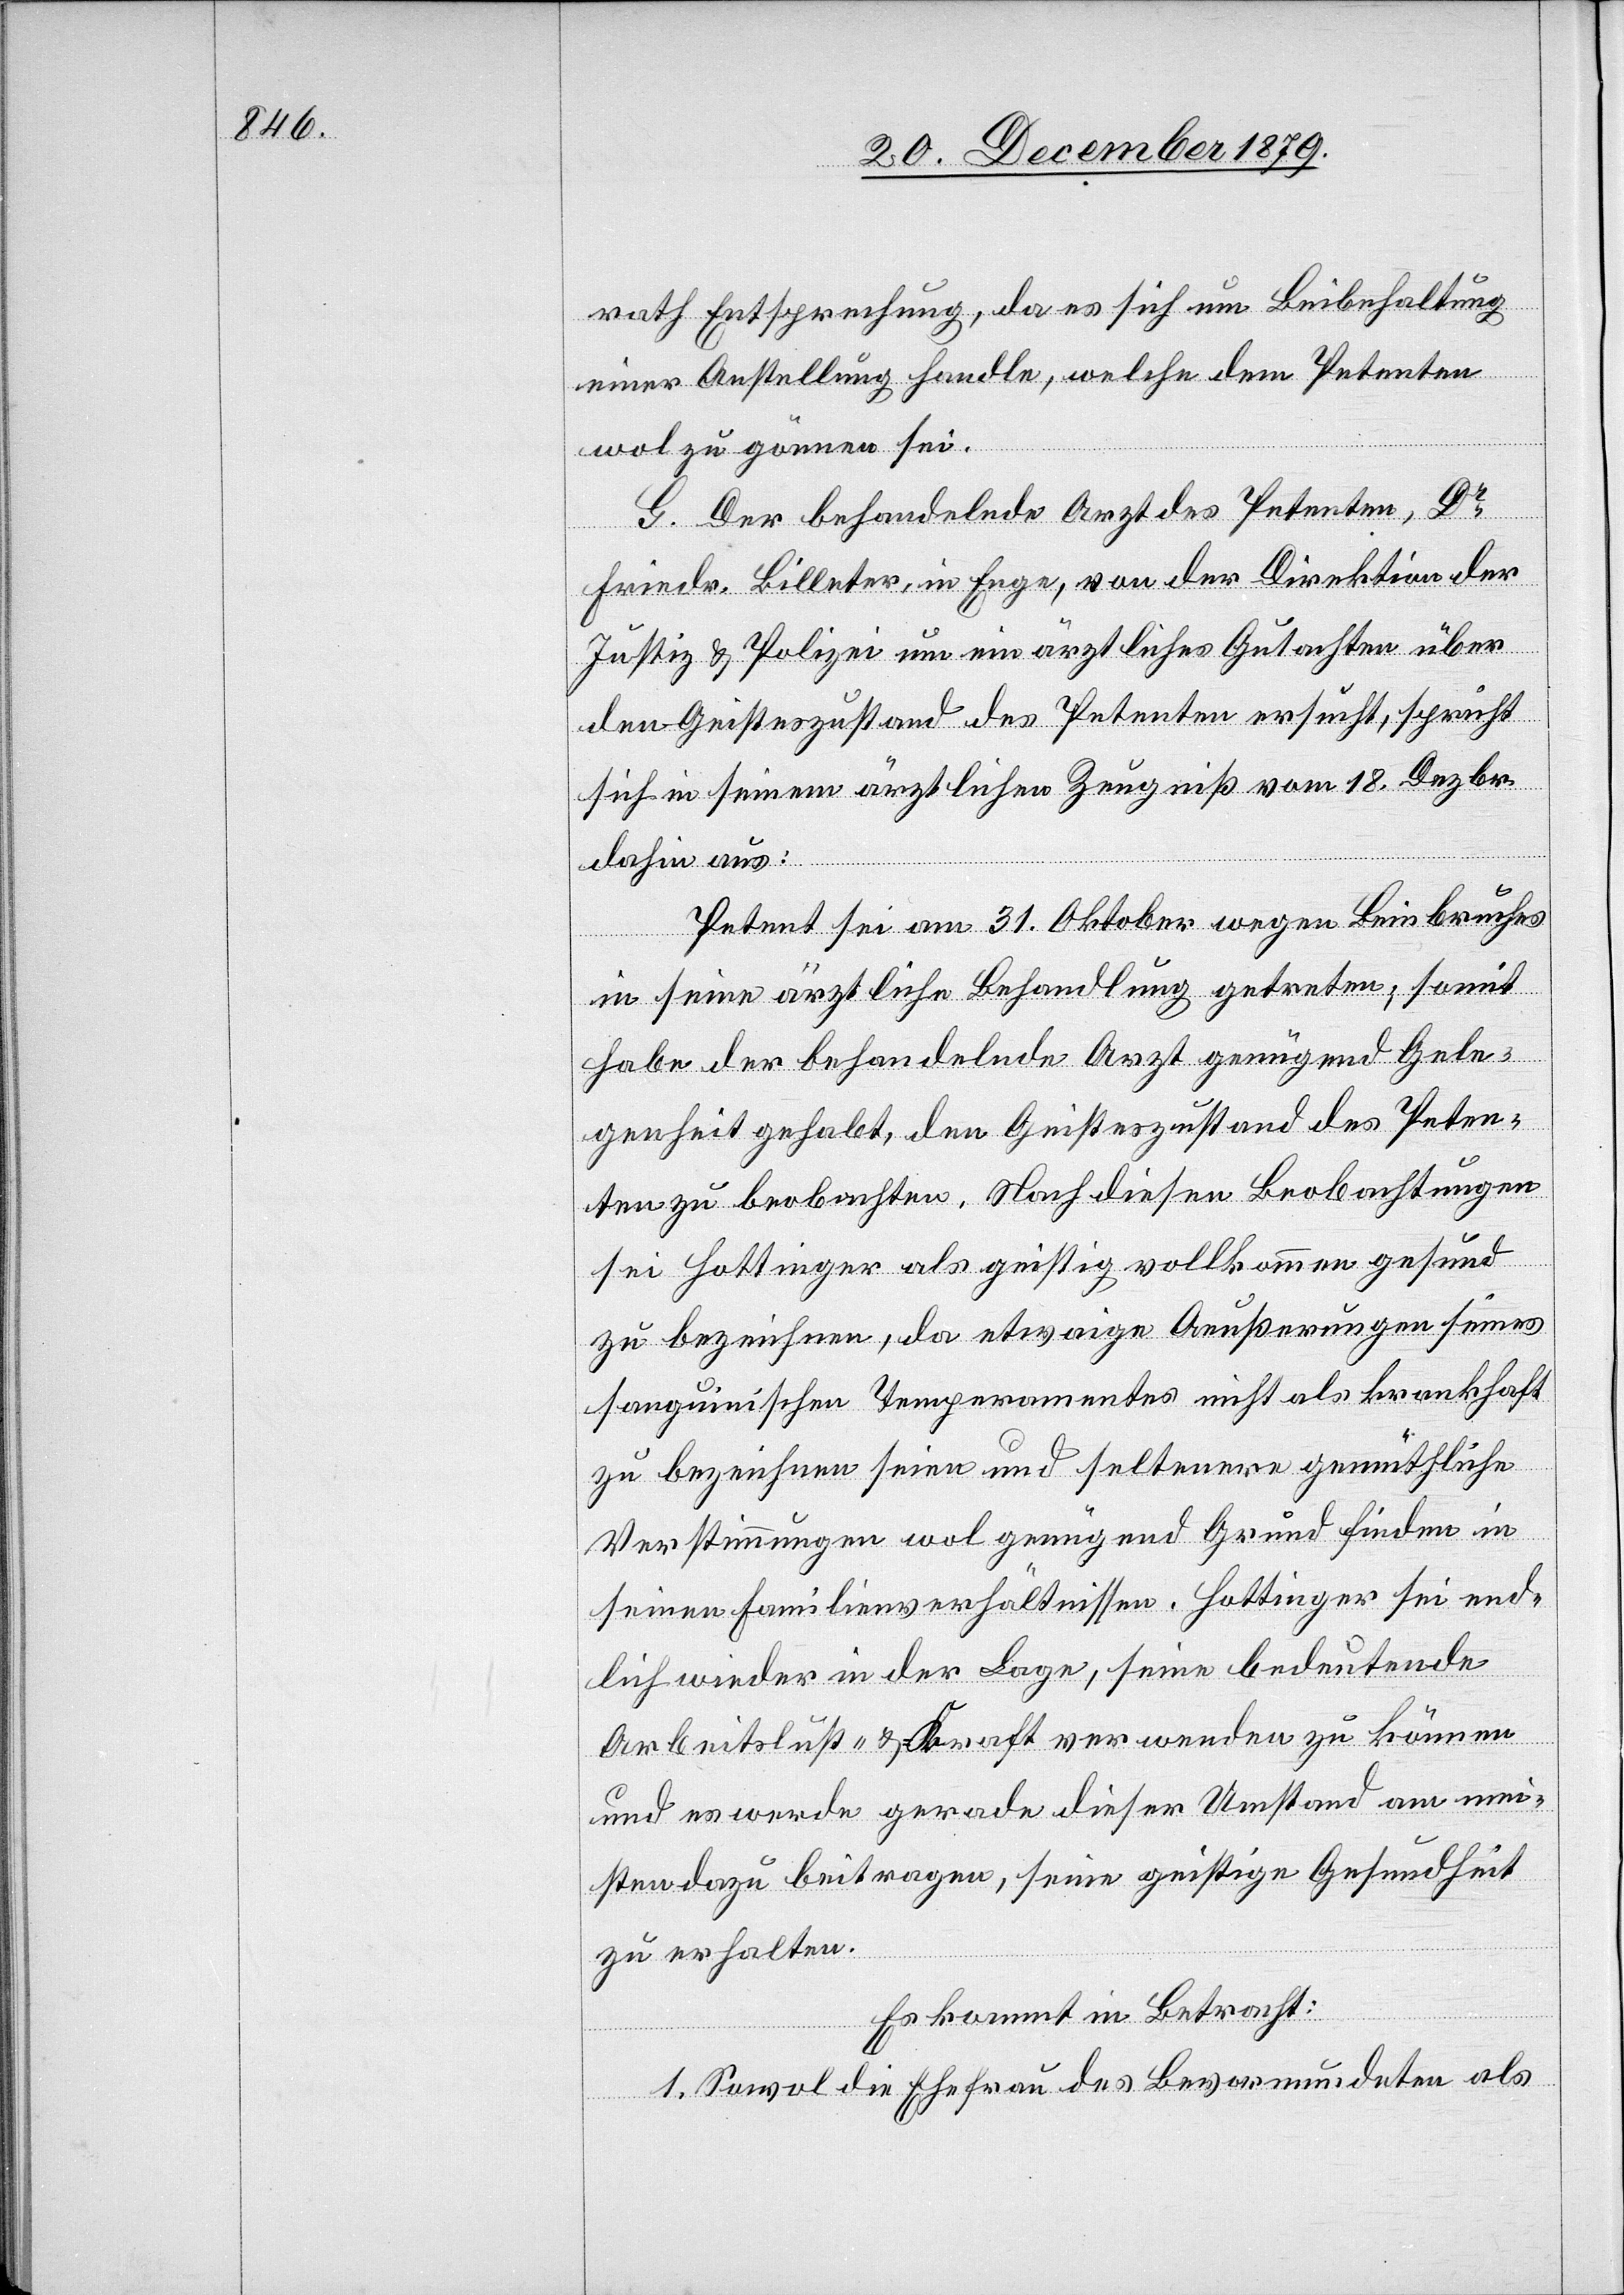
rath Entsprechung, da es sich um Beibehaltung
einer Anstellung handle, welche dem Petenten
wol zu gönnen sei.
G. Der behandelnde Arzt des Petenten, Dr
Friedr. Billeter, in Enge, von der Direktion der
Justiz- & Polizei um ein ärztliches Gutachten über
den Geisteszustand des Petenten ersucht, spricht
sich in seinem ärztlichen Zeugniß vom 18. Dezbr.
dahin aus:
Petent sei am 31. Oktober wegen Beinbruches
in seine ärztliche Behandlung getreten; somit
habe der behandelnde Arzt genügend Gele¬
genheit gehabt, den Geisteszustand des Peten¬
t zu beobachten. Nach diesen Beobachtungen
sei Hottinger als geistig vollkommen gesund
zu bezeichnen, da etwaige Aeußerungen seines
sanguinischen Temperamentes nicht als krankhaft
zu bezeichnen seien und seltenere gemütliche
Verstimmungen wol genügend Grund finden in
seinen Familienverhältnissen. Hottinger sei end¬
lich wieder in der Lage, seine bedeutende
Arbeitslust- & Kraft verwenden zu können
und es werde gerade dieser Umstand am mei¬
sten dazu beitragen, seine geistige Gesundheit
zu erhalten.
Es kommt in Betracht:
1. Sowol die Ehefrau des Bevormundeten als